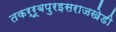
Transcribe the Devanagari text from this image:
तकर्रूबपुरइसराजखेडी